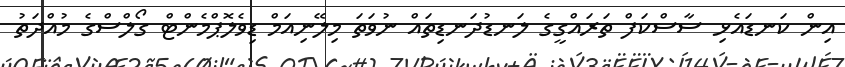
އިން ކަނޑައެޅި ސާސްކަފް ތަރައްގީގެ ލަނޑުދަނޑިތައް ނުވަތަ މިލޭނިއަމް ޑިވެލޮޕްމެންޓް ގޯލްސްގެ މުއްދަތު